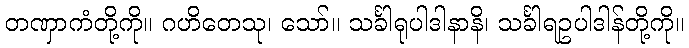
တဏှာကံတို့ကို။ ဂဟိတေသု၊ သော်။ သင်္ခါရုပါဒါနာနိ၊ သင်္ခါရဥပါဒါန်တို့ကို။